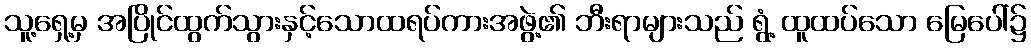
သူ့ရှေ့မှ အပြိုင်ထွက်သွားနှင့်သောထရပ်ကားအဖွဲ့၏ ဘီးရာများသည် ရွံ့ ထူထပ်သော မြေပေါ်၌